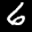
Label: 6